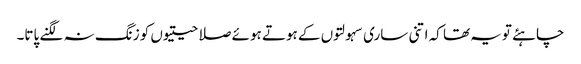
چاہئے تویہ تھا کہ اتنی ساری سہولتوں کے ہوتے ہوئے صلاحیتیوں کو زنگ نہ لگنے پاتا۔